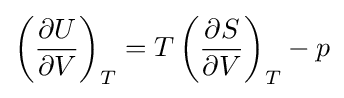
\left({\frac {\partial U}{\partial V}}\right)_{T}=T\left({\frac {\partial S}{\partial V}}\right)_{T}-p